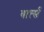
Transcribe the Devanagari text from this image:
बार्त्स